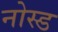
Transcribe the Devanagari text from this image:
नोस्ड